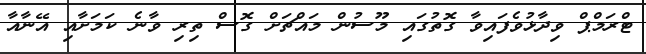
ޓްރަމްޕް ވިދާޅުވެފައިވާ ގޮތުގައި މޫސުން މައްޗަށް ގޮސް ތިރި ވާނެ ކަމަށާއި އޭނާއާ